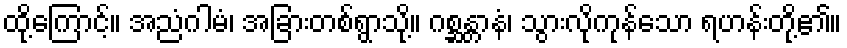
ထို့ကြောင့်။ အညံဂါမံ၊ အခြားတစ်ရွာသို့။ ဂစ္ဆန္တာနံ၊ သွားလိုကုန်သော ရဟန်းတို့၏။